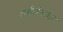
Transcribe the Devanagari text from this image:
अर्थतंत्रावर